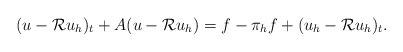
\begin{align*}(u-{\cal R}u_{h})_t+A(u-{\cal R}u_{h})=f-\pi_h f+(u_h-{\cal R}u_{h})_t.\end{align*}